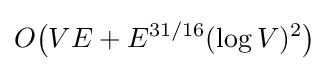
O{\bigr (}VE+E^{31/16}(\log V)^{2}{\bigr )}